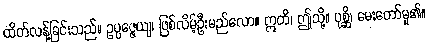
ထိတ်လန့်ခြင်းသည်။ ဥပ္ပဇ္ဇေယျ၊ ဖြစ်လိမ့်ဦးမည်လော။ ဣတိ၊ ဤသို့။ ပုစ္ဆိ၊ မေးတော်မူ၏။